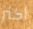
أكثر